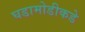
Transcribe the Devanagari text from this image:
घडामोडीकडे